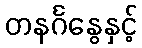
တနင်္ဂနွေနှင့်